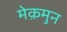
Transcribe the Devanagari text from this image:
मेक़मुन